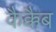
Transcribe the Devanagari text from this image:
कैक्कैब